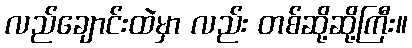
လည်ချောင်းထဲမှာ လည်း တစ်ဆို့ဆို့ကြီး။